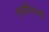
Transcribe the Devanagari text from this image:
राजविलासी